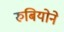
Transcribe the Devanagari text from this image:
रुबियोने